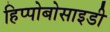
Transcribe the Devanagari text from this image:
हिप्पोबोसाइडी